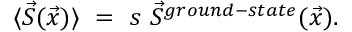
\langle \vec { S } ( \vec { x } ) \rangle ~ = ~ s ~ \vec { S } ^ { g r o u n d - s t a t e } ( \vec { x } ) .